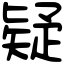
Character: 疑